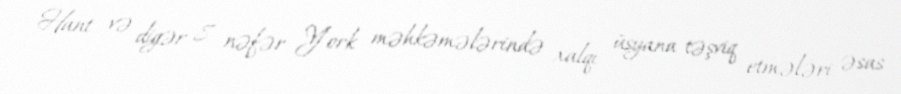
Hant və digər 8 nəfər York məhkəmələrində xalqı üsyana təşviq etmələri əsas